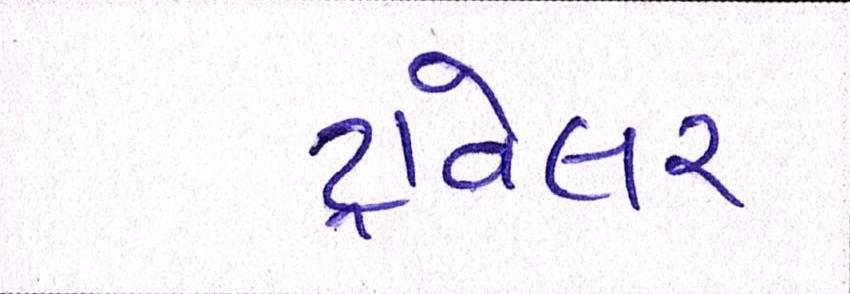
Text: ટ્રાવેલર